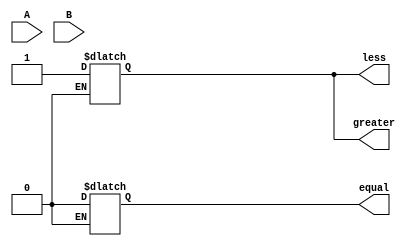
module four_bit_comparator(
    input [3:0] A,
    input [3:0] B,
    output reg equal,
    output reg greater,
    output reg less
);

reg [3:0] equal_bits;
reg [3:0] greater_bits;
reg [3:0] less_bits;

initial begin
    equal = 1;
    greater = 0;
    less = 0;
end

always @* begin
    equal_bits = A == B;
    greater_bits = A > B;
    less_bits = A < B;
    
    if(equal_bits[3] == 0)
        equal = 0;
    if(greater_bits[3] == 1)
        greater = 1;
    if(less_bits[3] == 1)
        less = 1;
end

endmodule